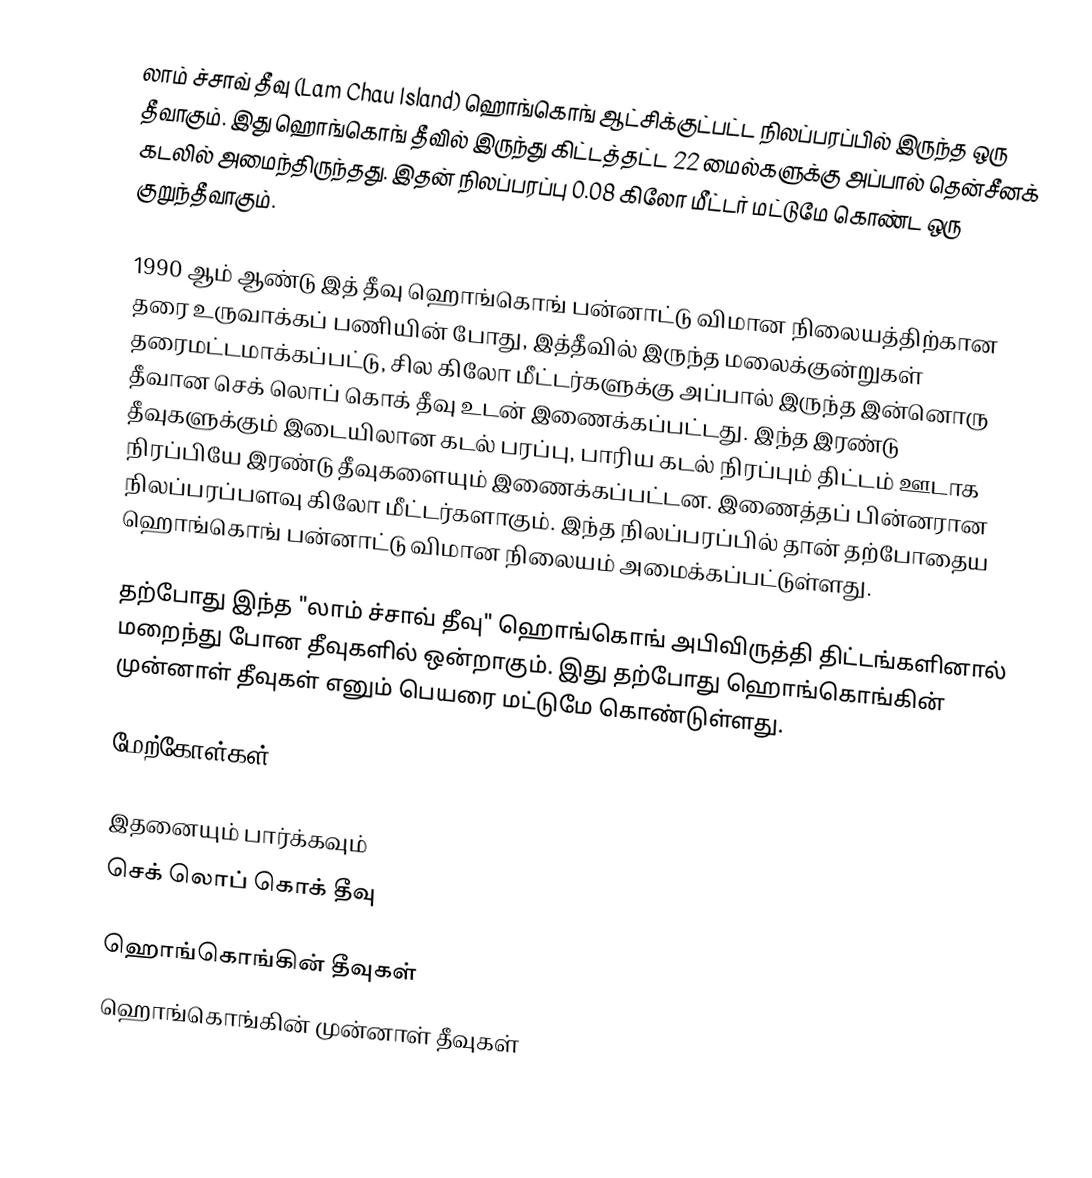
லாம் ச்சாவ் தீவு (Lam Chau Island) ஹொங்கொங் ஆட்சிக்குட்பட்ட நிலப்பரப்பில் இருந்த ஒரு தீவாகும். இது ஹொங்கொங் தீவில் இருந்து கிட்டத்தட்ட 22 மைல்களுக்கு அப்பால் தென்சீனக் கடலில் அமைந்திருந்தது. இதன் நிலப்பரப்பு 0.08 கிலோ மீட்டர் மட்டுமே கொண்ட ஒரு குறுந்தீவாகும்.

1990 ஆம் ஆண்டு இத் தீவு ஹொங்கொங் பன்னாட்டு விமான நிலையத்திற்கான தரை உருவாக்கப் பணியின் போது, இத்தீவில் இருந்த மலைக்குன்றுகள் தரைமட்டமாக்கப்பட்டு, சில கிலோ மீட்டர்களுக்கு அப்பால் இருந்த இன்னொரு தீவான செக் லொப் கொக் தீவு உடன் இணைக்கப்பட்டது. இந்த இரண்டு தீவுகளுக்கும் இடையிலான கடல் பரப்பு, பாரிய கடல் நிரப்பும் திட்டம் ஊடாக நிரப்பியே இரண்டு தீவுகளையும் இணைக்கப்பட்டன. இணைத்தப் பின்னரான நிலப்பரப்பளவு  கிலோ மீட்டர்களாகும். இந்த நிலப்பரப்பில் தான் தற்போதைய ஹொங்கொங் பன்னாட்டு விமான நிலையம் அமைக்கப்பட்டுள்ளது.

தற்போது இந்த "லாம் ச்சாவ் தீவு" ஹொங்கொங் அபிவிருத்தி திட்டங்களினால் மறைந்து போன தீவுகளில் ஒன்றாகும். இது தற்போது ஹொங்கொங்கின் முன்னாள் தீவுகள் எனும் பெயரை மட்டுமே கொண்டுள்ளது.

மேற்கோள்கள்

இதனையும் பார்க்கவும்
செக் லொப் கொக் தீவு

ஹொங்கொங்கின் தீவுகள்
ஹொங்கொங்கின் முன்னாள் தீவுகள்